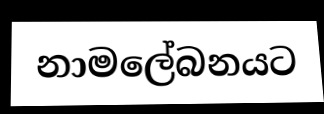
නාමලේබනයට